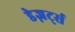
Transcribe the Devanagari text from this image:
डेज़र्ट्स